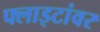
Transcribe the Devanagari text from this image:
फ्लाइटांवर